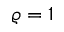
\varrho = 1